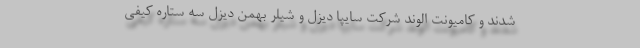
شدند و کامیونت الوند شرکت سایپا دیزل و شیلر بهمن دیزل سه ستاره کیفی